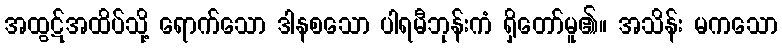
အထွဋ်အထိပ်သို့ ရောက်သော ဒါနစသော ပါရမီဘုန်းကံ ရှိတော်မူ၏။ အသိန်း မကသော